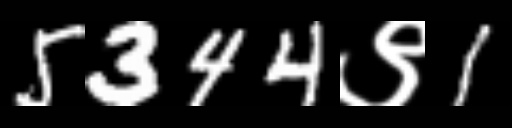
Text: 5344९1